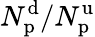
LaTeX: N_{\mathrm{p}}^{\mathrm{d}}/N_{\mathrm{p}}^{\mathrm{u}}